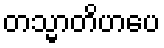
တသ္မာတိဟပေ